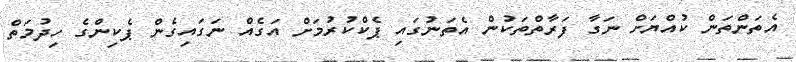
އެތަންތަން ކުއްޔަށް ނަގާ ފަރާތްތަކުން އެތަނުގައި ޕެކްކުރުމަށް އަގެއް ނަގައިގެން ޕެކިންގެ ހިދުމަތް